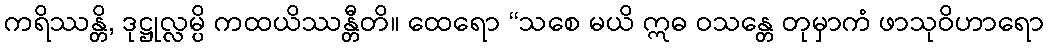
ကရိဿန္တိ, ဒုဋ္ဌုလ္လမ္ပိ ကထယိဿန္တီတိ။ ထေရော “သစေ မယိ ဣဓ ဝသန္တေ တုမှာကံ ဖာသုဝိဟာရော